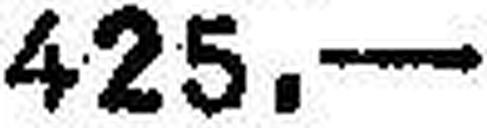
425.—